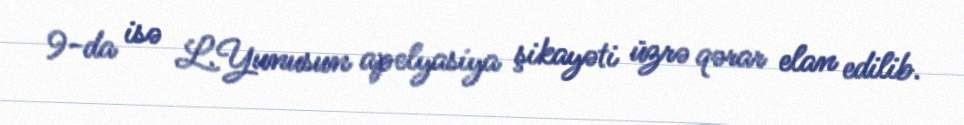
9-da isə L.Yunusun apelyasiya şikayəti üzrə qərar elan edilib.